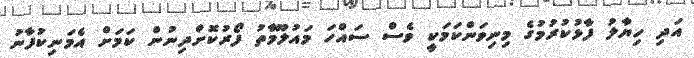
އަދި ހިޔާލު ފާޅުކުރުމުގެ މިނިވަންކަމަކީ ވެސް ސައްހަ މައުލޫމާތު ފޯރުކޮށްދިނުން ކަމަށް އެމަނިކުފާނު